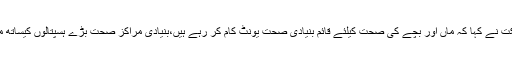
وزیر مملکت نے کہا کہ ماں اور بچے کی صحت کیلئے قائم بنیادی صحت یونٹ کام کر رہے ہیں،بنیادی مراکز صحت بڑے ہسپتالوں کیساتھ منسلک ہیں۔